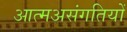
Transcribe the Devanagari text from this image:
आत्मअसंगतियों